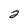
Character: 2